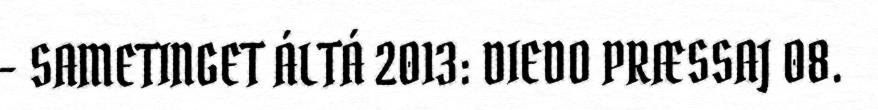
- SAMETINGET ÁLTÁ 2013: DIEDO PRÆSSAJ 08.